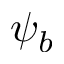
\psi _ { b }